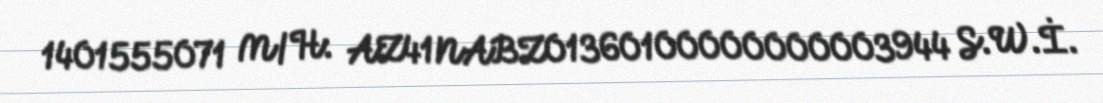
1401555071 M/H: AZ41NABZ01360100000000003944 S.W.İ.